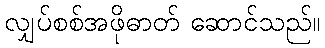
လျှပ်စစ်အဖိုဓာတ် ဆောင်သည်။